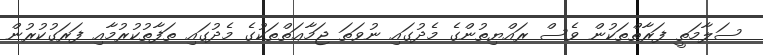
ސަލާމަތީ ފަރާތްތަކުން ވެސް ރައްޔިތުންގެ މެދުގައި ނުވަތަ ޖަމާޢަތްތަކުގެ މެދުގައި ތަފާތުކުރުމާއި ފަރަގުކުރުން